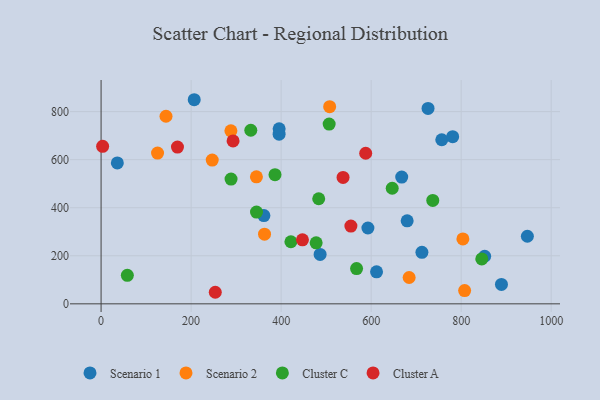
{"axis": {"x": "Speed", "y": "Sales"}, "legend": ["Cluster A", "Cluster C", "Scenario 1", "Scenario 2"], "data": [{"x": "756.9", "y": 682.9, "type": "Scenario 1"}, {"x": "206.9", "y": 849.4, "type": "Scenario 1"}, {"x": "361.7", "y": 367.3, "type": "Scenario 1"}, {"x": "486.6", "y": 205.6, "type": "Scenario 1"}, {"x": "947.1", "y": 281.3, "type": "Scenario 1"}, {"x": "781.1", "y": 695.6, "type": "Scenario 1"}, {"x": "612.0", "y": 133.1, "type": "Scenario 1"}, {"x": "852.2", "y": 198.1, "type": "Scenario 1"}, {"x": "395.5", "y": 706.2, "type": "Scenario 1"}, {"x": "712.8", "y": 214.5, "type": "Scenario 1"}, {"x": "667.9", "y": 527.5, "type": "Scenario 1"}, {"x": "726.4", "y": 813.3, "type": "Scenario 1"}, {"x": "592.8", "y": 315.6, "type": "Scenario 1"}, {"x": "36.1", "y": 586.2, "type": "Scenario 1"}, {"x": "395.6", "y": 728.5, "type": "Scenario 1"}, {"x": "680.0", "y": 345.4, "type": "Scenario 1"}, {"x": "889.5", "y": 80.7, "type": "Scenario 1"}, {"x": "684.4", "y": 109.6, "type": "Scenario 2"}, {"x": "803.8", "y": 270.1, "type": "Scenario 2"}, {"x": "807.7", "y": 55.1, "type": "Scenario 2"}, {"x": "125.4", "y": 627.5, "type": "Scenario 2"}, {"x": "246.9", "y": 598.2, "type": "Scenario 2"}, {"x": "345.1", "y": 528.6, "type": "Scenario 2"}, {"x": "288.4", "y": 720.1, "type": "Scenario 2"}, {"x": "507.8", "y": 820.6, "type": "Scenario 2"}, {"x": "144.2", "y": 780.6, "type": "Scenario 2"}, {"x": "363.1", "y": 290.0, "type": "Scenario 2"}, {"x": "332.6", "y": 722.4, "type": "Cluster C"}, {"x": "567.6", "y": 146.9, "type": "Cluster C"}, {"x": "483.5", "y": 437.4, "type": "Cluster C"}, {"x": "288.7", "y": 519.2, "type": "Cluster C"}, {"x": "845.8", "y": 186.9, "type": "Cluster C"}, {"x": "58.3", "y": 118.7, "type": "Cluster C"}, {"x": "736.9", "y": 430.2, "type": "Cluster C"}, {"x": "345.3", "y": 382.0, "type": "Cluster C"}, {"x": "477.8", "y": 253.7, "type": "Cluster C"}, {"x": "386.4", "y": 537.7, "type": "Cluster C"}, {"x": "506.7", "y": 747.9, "type": "Cluster C"}, {"x": "421.7", "y": 258.4, "type": "Cluster C"}, {"x": "646.8", "y": 480.9, "type": "Cluster C"}, {"x": "293.2", "y": 677.8, "type": "Cluster A"}, {"x": "587.9", "y": 626.7, "type": "Cluster A"}, {"x": "537.6", "y": 526.0, "type": "Cluster A"}, {"x": "3.4", "y": 655.3, "type": "Cluster A"}, {"x": "169.7", "y": 652.2, "type": "Cluster A"}, {"x": "555.0", "y": 323.7, "type": "Cluster A"}, {"x": "447.4", "y": 266.3, "type": "Cluster A"}, {"x": "253.7", "y": 48.1, "type": "Cluster A"}]}